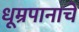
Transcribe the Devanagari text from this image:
धूम्रपानाचे